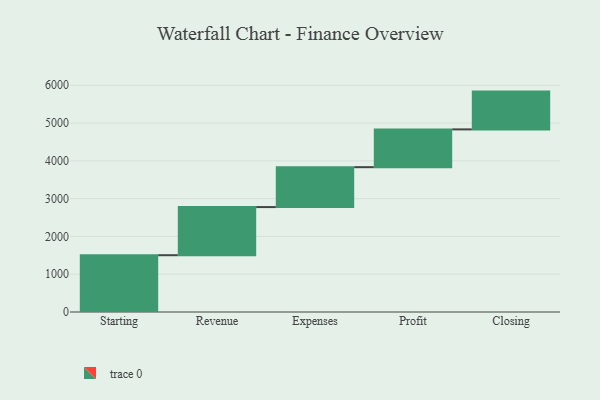
{"axis": {"x": "Step", "y": "Value"}, "legend": [""], "data": [{"x": "Starting", "y": 1503.0, "type": ""}, {"x": "Revenue", "y": 1274.0, "type": ""}, {"x": "Expenses", "y": 1056.0, "type": ""}, {"x": "Profit", "y": 1000, "type": ""}, {"x": "Closing", "y": 1000, "type": ""}]}